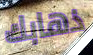
ذهابك